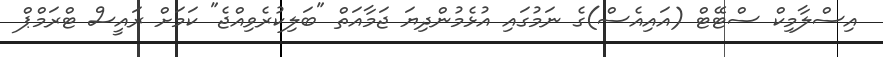
އިސްލާމިކް ސްޓޭޓް (އައިއެސް)ގެ ނަމުގައި އުޅެމުންދިޔަ ޖަމާއަތް "ބަލިކުރެވިއްޖެ" ކަމަށް ރައީސް ޓްރަމްޕް